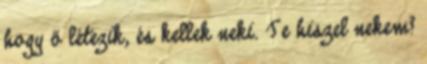
hogy ő létezik, és kellek neki. Te hiszel nekem?